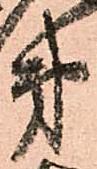
第